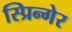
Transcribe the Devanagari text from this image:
स्प्रिन्गेर